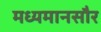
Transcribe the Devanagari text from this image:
मध्यमानसौर